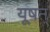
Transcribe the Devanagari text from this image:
यूषन्